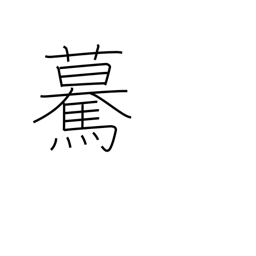
Meaning: going straight forward